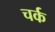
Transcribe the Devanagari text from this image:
चर्क